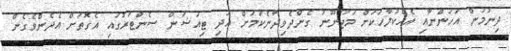
ދިނުމުން އަހަންނާއި އެއްކުލާހަކަށް މަޖުނޫނު ގެންދެވިދާނެކަމަށް އަދި ޓިއުޝަން ސެންޓަރުގައި އެގޮތަށް އެދެންވެގެން